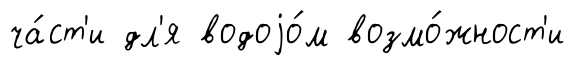
ча́ст'и дл'я водоjо́м возмо́жност'и